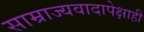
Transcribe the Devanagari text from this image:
साम्राज्यवादापेक्षाही